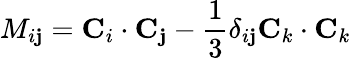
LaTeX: M_{i\mathbf{j}}={\mathbf{C}}_{i}\cdot{\mathbf{C}}_{\mathbf{j}}-{\frac{{1}}{{3}}}\delta_{i\mathbf{j}}{\mathbf{C}}_{k}\cdot{\mathbf{C}}_{k}